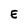
Character: E